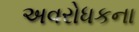
અવરોધકના